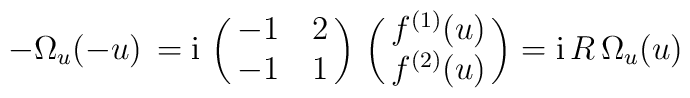
-\Omega_{u} ( - u)\, =\mbox{i} \, \pmatrix { -1 &  2 \cr -1 &  1 \cr} \,\pmatrix{ f^{(1)}(u) \cr f^{(2)}(u) \cr } =\mbox{i} \, R\,  \Omega_{u}(u)